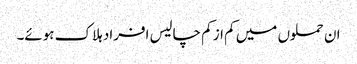
ان حملوں میں کم از کم چالیس افراد ہلاک ہوئے۔